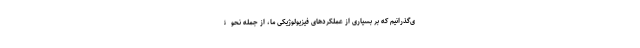
ی‌گذرانیم که بر بسیاری از عملکردهای فیزیولوژیکی ما، از جمله نحوۀ